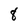
Character: 8